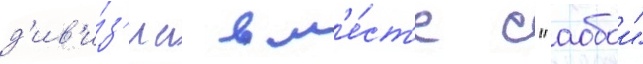
д'ив'и́з'иа вм'е́ст'е с "аобои"